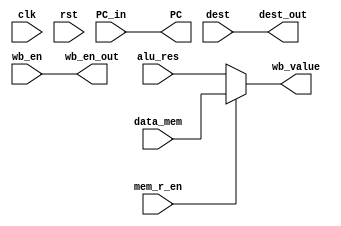
module WB_Stage (
    input clk, rst,
    input[31:0] PC_in,

    input wb_en, mem_r_en, 
    input [31:0] alu_res,
    input [3:0] dest,
    input [31:0] data_mem,

    output[31:0] PC,
    output wb_en_out, 
    output [31:0] wb_value,
    output [3:0] dest_out
);
    // Passing wires
    assign PC = PC_in;
    assign wb_en_out = wb_en;
    assign dest_out = dest;

    // MUX
    assign wb_value = mem_r_en ? data_mem : alu_res;

endmodule